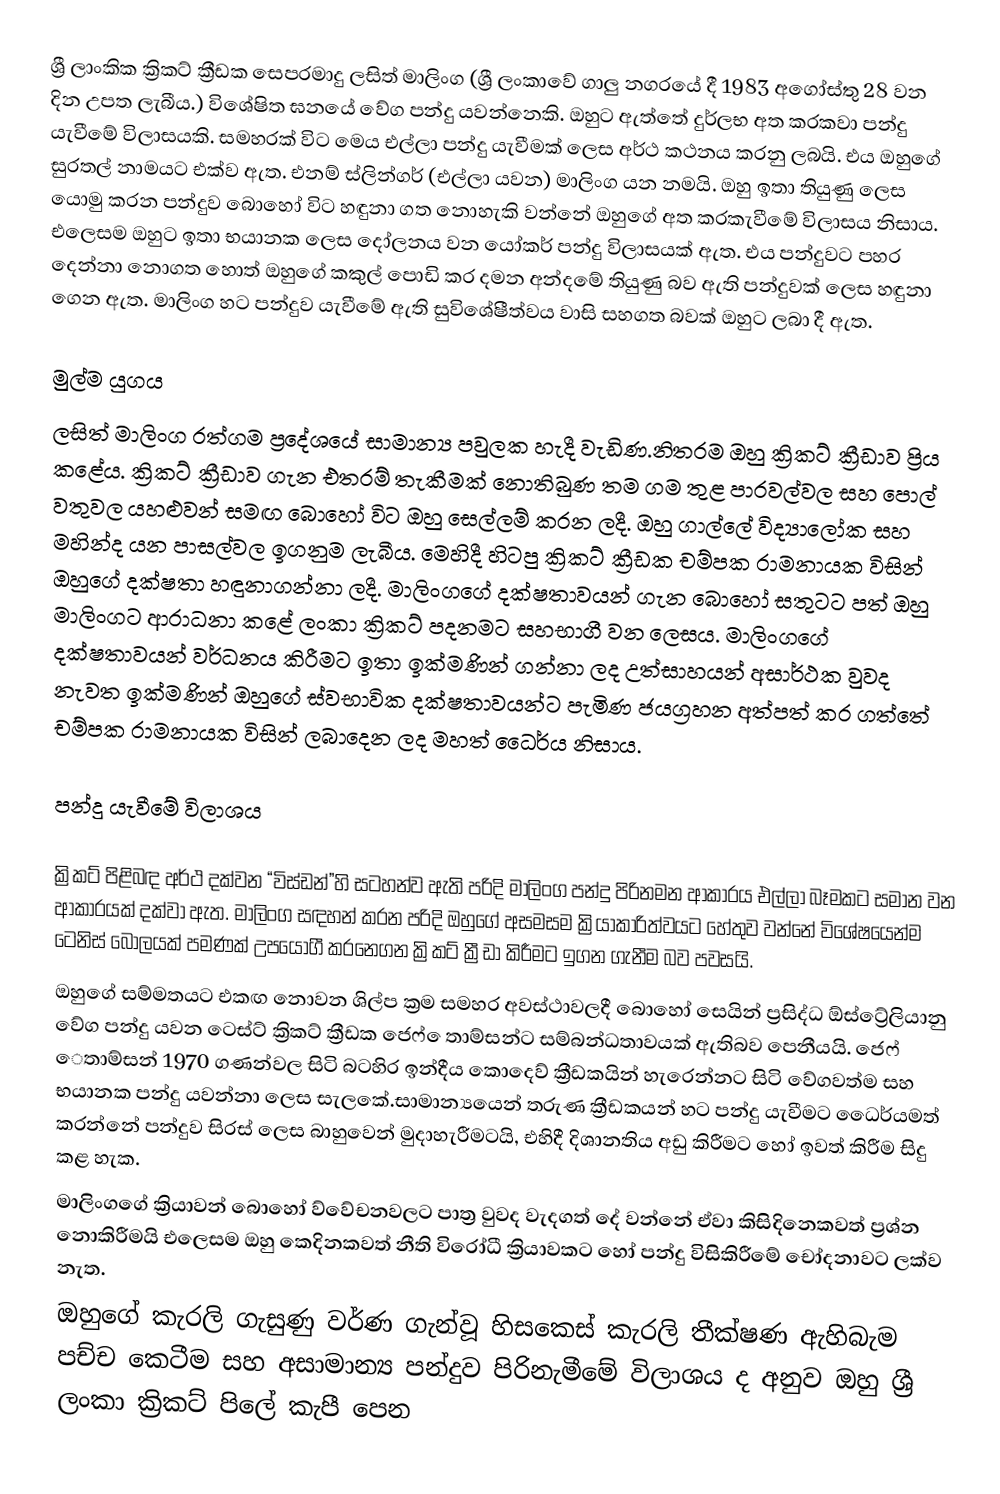
ශ්‍රී ලාංකික ක්‍රිකට් ක්‍රීඩක සෙපරමාදු ලසිත් මාලිංග (ශ්‍රී ලංකාවේ ගාලු නගරයේ දී 1983 අගෝස්තු 28 වන දින උපත ලැබීය.) විශේෂිත ඝනයේ වේග පන්දු යවන්නෙකි. ඔහුට ඇත්තේ දුර්ලභ අත කරකවා පන්දු යැවීමේ විලාසයකි. සමහරක් විට මෙය එල්ලා පන්දු යැවීමක් ලෙස අර්ථ කථනය කරනු ලබයි. එය ඔහුගේ සුරතල් නාමයට එක්ව ඇත. එනම් ස්ලින්ගර් (එල්ලා යවන) මාලිංග යන නමයි. ඔහු ඉතා තියුණු ලෙස යොමු කරන පන්දුව බොහෝ විට හඳුනා ගත නොහැකි වන්නේ ඔහුගේ අත කරකැවීමේ විලාසය නිසාය. එලෙසම ඔහුට ඉතා භයානක ලෙස දෝලනය වන යෝකර් පන්දු විලාසයක් ඇත. එය පන්දුවට පහර දෙන්නා නොගත හොත් ඔහුගේ කකුල් පොඩි කර දමන අන්දමේ තියුණු බව ඇති පන්දුවක් ලෙස හඳුනා ගෙන ඇත. මාලිංග හට පන්දුව යැවීමේ ඇති සුවිශේෂීත්වය වාසි සහගත බවක් ඔහුට ලබා දී ඇත.

මුල්ම යුගය
ලසිත් මාලිංග රත්ගම ප්‍රදේශයේ සාමාන්‍ය පවුලක හැදී වැඩිණ.නිතරම ඔහු ක්‍රිකට් ක්‍රීඩාව ප්‍රිය කළේය. ක්‍රිකට් ක්‍රීඩාව ගැන එතරම් තැකීමක් නොතිබුණ තම ගම තුළ පාරවල්වල සහ පොල් වතුවල යහළුවන් සමඟ බොහෝ විට ඔහු සෙල්ලම් කරන ලදී. ඔහු ගාල්ලේ විද්‍යාලෝක සහ මහින්ද යන පාසල්වල ඉගනුම ලැබීය. මෙහිදී හිටපු ක්‍රිකට් ක්‍රීඩක චම්පක රාමනායක විසින් ඔහුගේ දක්ෂතා හඳුනාගන්නා ලදී. මාලිංගගේ දක්ෂතාවයන් ගැන බොහෝ සතුටට පත් ඔහු මාලිංගට ආරාධනා කළේ ලංකා ක්‍රිකට් පදනමට සහභාගී වන ලෙසය.  මාලිංගගේ දක්ෂතාවයන් වර්ධනය කිරීමට ඉතා ඉක්මණින් ගන්නා ලද උත්සාහයන් අසාර්ථක වුවද නැවත ඉක්මණින් ඔහුගේ ස්වභාවික දක්ෂතාවයන්ට පැමිණ ජයග්‍රහන අත්පත් කර ගත්තේ චම්පක රාමනායක විසින් ලබාදෙන ලද මහත් ධෛර්ය නිසාය.

පන්දු යැවීමේ විලාශය

ක්‍රිකට් පිළිබඳ අර්ථ දක්වන “විස්ඩන්”හි සටහන්ව ඇති පරිදි මාලිංග පන්දු පිරිනමන ආකාරය එල්ලා බෑමකට සම‍ාන වන ආකාරයක් දක්වා ඇත. මාලිංග සඳහන් කරන පරිදි ඔහුගේ අසමසම ක්‍රියාකාරිත්වයට හේතුව වන්නේ විශේෂයෙන්ම ටෙනිස් බෝලයක් පමණක් උපයෝගී කරන‍ෙගන ක්‍රිකට් ක්‍රීඩා කිරීමට ඉගන ගැනීම බව පවසයි.
ඔහුගේ සම්මතයට එකඟ නොවන ශිල්ප ක්‍රම සමහර අවස්ථාවලදී බොහෝ සෙයින් ප්‍රසිද්ධ ඕස්ට්‍රේලියානු වේග පන්දු යවන ටෙස්ට් ක්‍රිකට් ක්‍රීඩක ජෙෆ් ‍ෙතාම්සන්ට සම්බන්ධතාවයක් ඇතිබව පෙනීයයි. ජෙෆ් ‍ෙතාම්සන් 1970 ගණන්වල සිටි බටහිර ඉන්දීය කොදෙව් ක්‍රීඩකයින් හැරෙන්නට සිටි වේගවත්ම සහ භයානක පන්දු යවන්නා ලෙස සැලකේ.සාමාන්‍යයෙන් තරුණ ක්‍රීඩකයන් හට පන්දු යැවීමට ධෛර්යමත් කරන්නේ පන්දුව සිරස් ලෙස බාහුවෙන් මුදාහැරීමටයි, එහිදී දිශානතිය අඩු කිරීමට හෝ ඉවත් කිරීම සිදු කළ හැක.
මාලිංගගේ ක්‍රියාවන් බොහෝ ව්වේචනවලට පාත්‍ර වුවද වැදගත් දේ වන්නේ ඒවා කිසිදිනෙකවත් ප්‍රශ්න නොකිරීමයි එලෙසම ඔහු කෙදිනකවත් නීති විරෝධී ක්‍රියාවකට හෝ පන්දු විසිකිරීමේ චෝදනාවට ලක්ව නැත.
ඔහුගේ කැරලි ගැසුණු වර්ණ ගැන්වූ හිසකෙස් කැරලි තීක්ෂණ ඇහිබැම පච්ච කෙටීම සහ අසාමාන්‍ය පන්දුව පිරිනැමීමේ විලාශය ද අනුව ඔහු ශ්‍රී ලංකා ක්‍රිකට් පිලේ කැපී පෙන